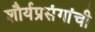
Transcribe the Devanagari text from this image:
शौर्यप्रसंगांची